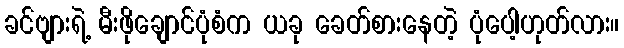
ခင်ဗျားရဲ့ မီးဖိုချောင်ပုံစံက ယခု ခေတ်စားနေတဲ့ ပုံပေါ့ဟုတ်လား။